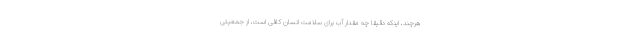
هرچند، اینکه دقیقاً چه مقدار آب برای سلامت انسان کافی است، از جمعیتی